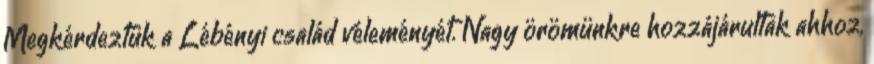
Megkérdeztük a Lébényi család véleményét. Nagy örömünkre hozzájárultak ahhoz,